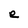
Character: e